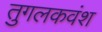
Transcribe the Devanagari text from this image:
तुगलकवंश